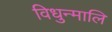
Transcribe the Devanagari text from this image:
विधुन्मालि